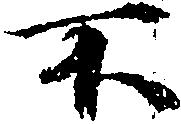
不